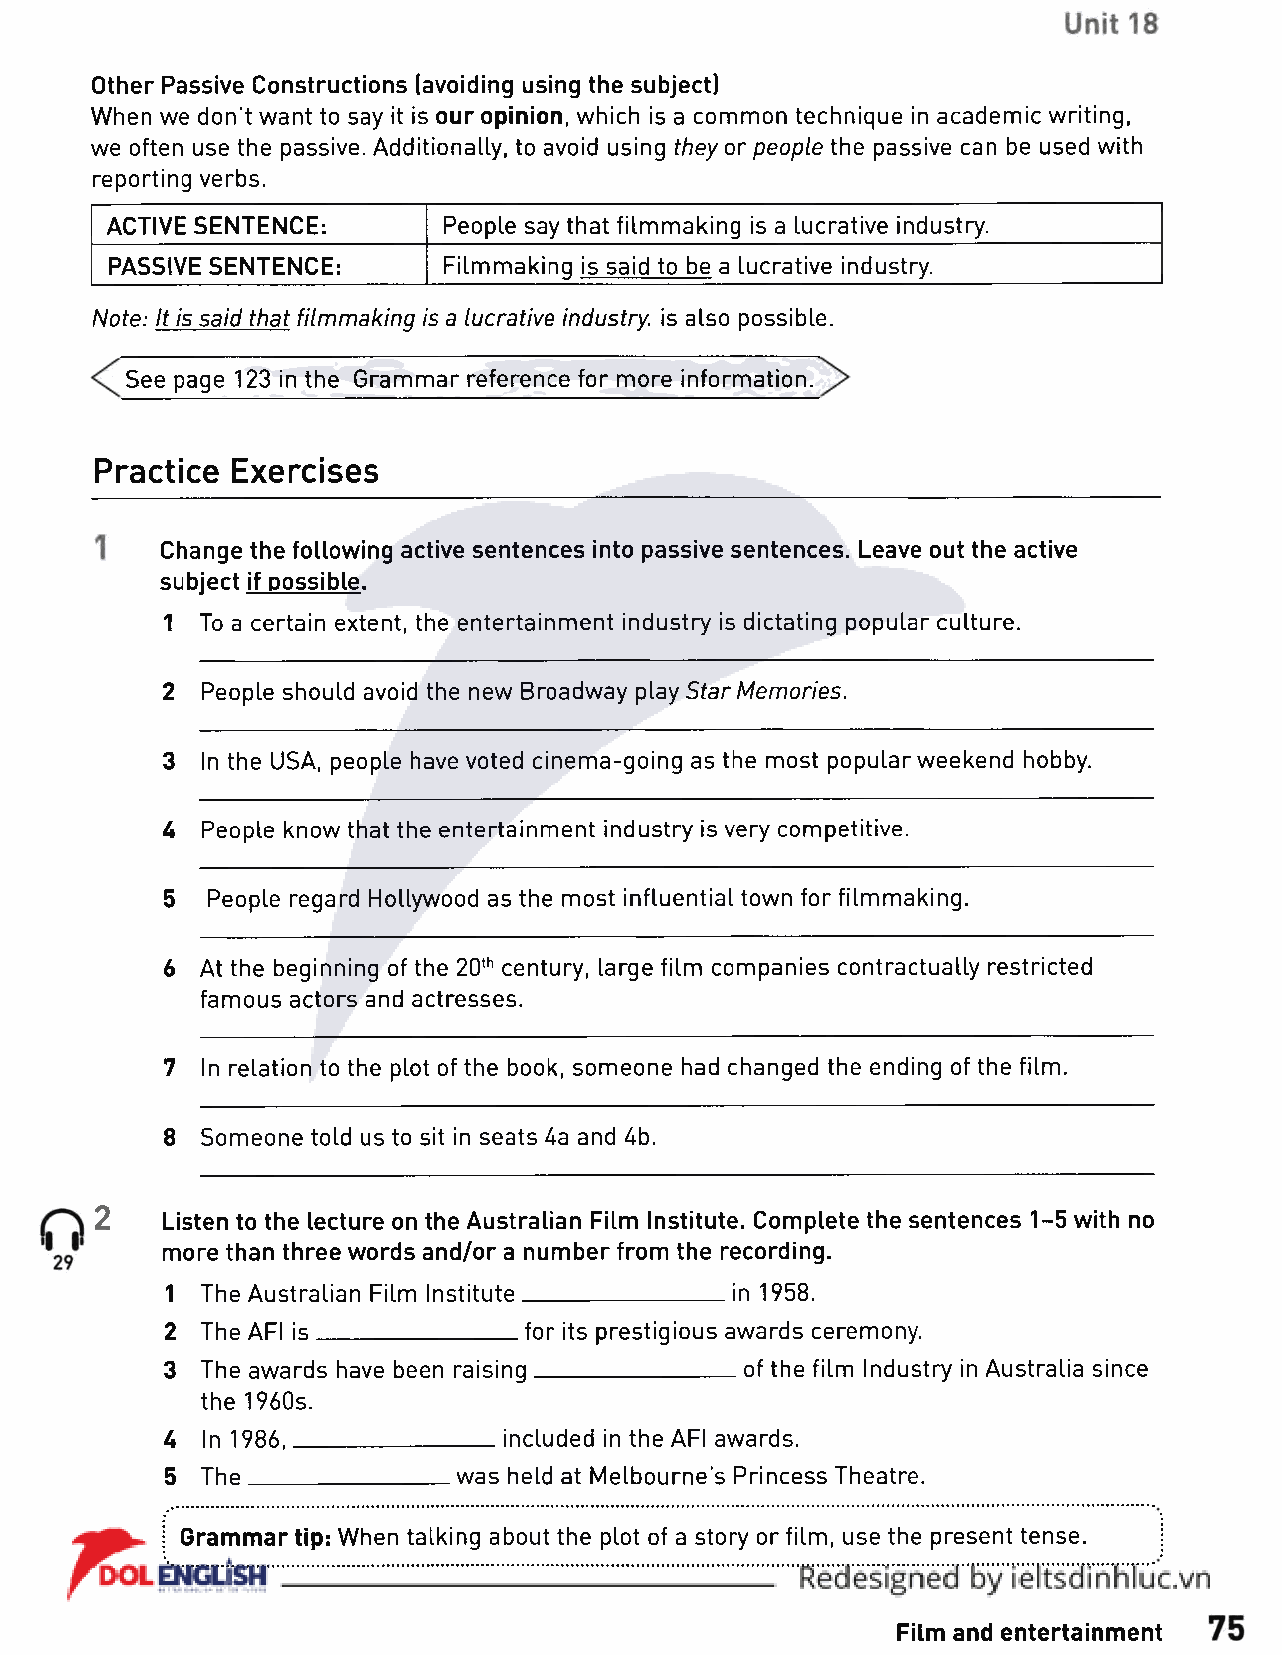
Other Passive Constructions (avoiding using the subject)
 When we don't want to say it is our opinion, which is a common technique in academic writing,
 we often use the passive. Additionally, to avoid using they or people the passive can be used with
 reporting verbs.
 ACTIVE SENTENCE:      People say that filmmaking is a lucrative industry.
 PASSIVE SENTENCE:     Filmmaking is said to be a lucrative industry.
 Note: It is said that filmmaking is a lucrative industry, is also possible.
 See page 123 in the Grammar reference for more information.
 Practice Exercises
 Change the following active sentences into passive sentences. Leave out the active
 subject if possible.
 1 To a certain extent, the entertainment industry is dictating popular culture.
 2 People should avoid the new Broadway play Star Memories.
 3 In the USA, people have voted cinema-going as the most popular weekend hobby.
 4 People know that the entertainment industry is very competitive.
 5  People regard Hollywood as the most influential town for filmmaking.
 6 At the beginning of the 20th century, large film companies contractually restricted
 famous actors and actresses.
 7 In relation to the plot of the book, someone had changed the ending of the film.
 8 Someone told us to sit in seats 4a and 4b.
 2    Listen to the lecture on the Australian Film Institute. Complete the sentences 1-5 with no
 more than three words and/or a number from the recording.
 1 The Australian Film Institute________________ in 1958.
 2 The AFI is________________ for its prestigious awards ceremony.
 3 The awards have been raising________________ of the film Industry in Australia since
 the 1960s.
 4 In 1986,________________ included in the AFI awards.
 5 The________________ was held at Melbourne's Princess Theatre.
 ; Grammar tip: When talking about the plot of a story or film, use the present tense.
 Film and entertainment